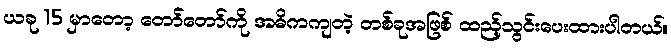
ယခု 15 မှာတော့ တော်တော်ကို အဓိကကျတဲ့ တစ်ခုအဖြစ် ထည့်သွင်းပေးထားပါတယ်။